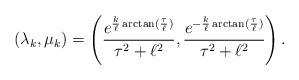
LaTeX: \begin{align*}(\lambda_k,\mu_k)=\left(\frac{e^{\frac{k}{\ell}\arctan(\frac{\tau}{\ell})}}{\tau^2+\ell^2},\frac{e^{-\frac{k}{\ell}\arctan(\frac{\tau}{\ell})}}{\tau^2+\ell^2}\right).\end{align*}